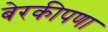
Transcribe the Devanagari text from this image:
बेरकीपणा